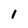
Character: I